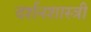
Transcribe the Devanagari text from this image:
दर्शनशास्‍त्री